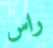
راس